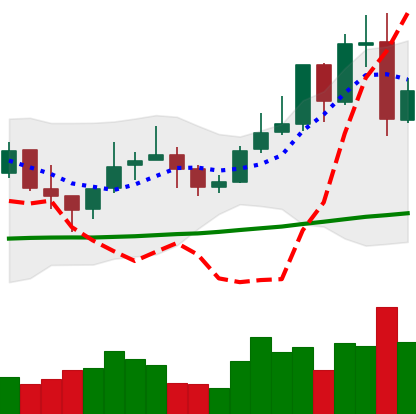
Ticker: LINK-USD
Chart end date: 2021-10-28
Forward return: 6.744%
Label: up_5_7